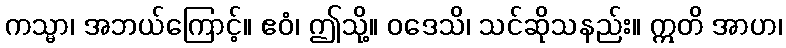
ကသ္မာ၊ အဘယ်ကြောင့်။ ဧဝံ၊ ဤသို့။ ဝဒေသိ၊ သင်ဆိုသနည်း။ ဣတိ အာဟ၊